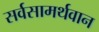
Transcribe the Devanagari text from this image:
सर्वसामर्थवान